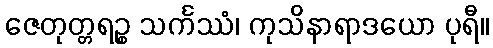
ဇေတုတ္တရဉ္စ သင်္ကဿံ၊ ကုသိနာရာဒယော ပုရီ။